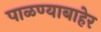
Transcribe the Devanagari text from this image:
पाळण्याबाहेर